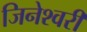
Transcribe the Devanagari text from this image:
जिनेश्वरी